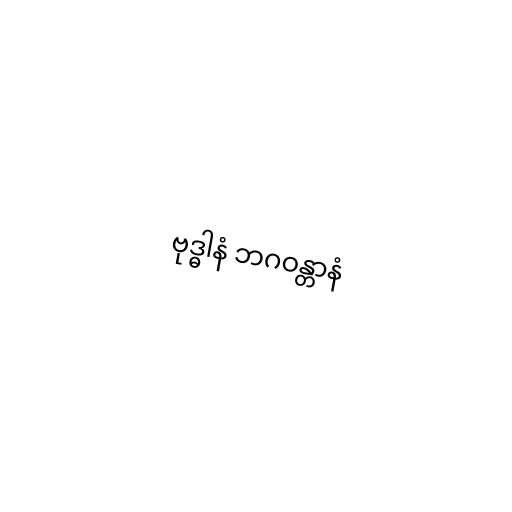
ဗုဒ္ဓါနံ ဘဂဝန္တာနံ